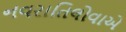
નવરાતિલોવાએ